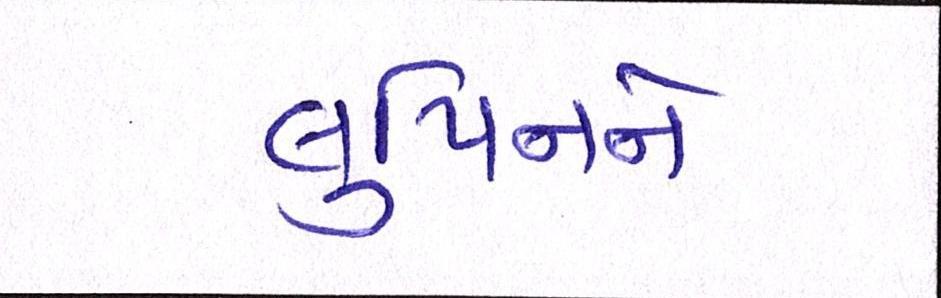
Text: લુપિનને